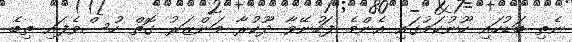
ނެތި ބަޑުހައި ހޫނުކަމުގައި އެންމެ ފަހުނޭވާ ދޫކުރާ މަންޒަރު ގޮތް ހުސްވެފައި ތިބެ